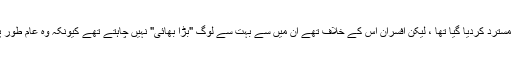
اگرچہ ابتدائی طور پر اس نظریے کو مسترد کردیا گیا تھا ، لیکن افسران اس کے خلاف تھے ان میں سے بہت سے لوگ "بڑا بھائی" نہیں چاہتے تھے کیونکہ وہ عام طور پر اس وقت کیمرا کا حوالہ دیتے تھے۔